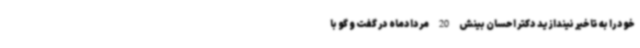
خود را به تاخیر نیندازید دکتر احسان بینش 20 مردادماه در گفت و گو با